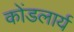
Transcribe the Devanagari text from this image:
कोंडलार्य